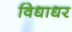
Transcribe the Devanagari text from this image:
विधाधर